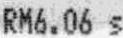
RM6.06 S